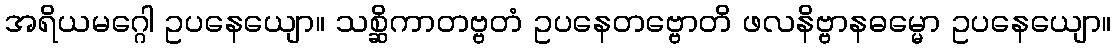
အရိယမဂ္ဂေါ ဥပနေယျော။ သစ္ဆိကာတဗ္ဗတံ ဥပနေတဗ္ဗောတိ ဖလနိဗ္ဗာနဓမ္မော ဥပနေယျော။